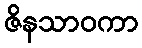
ဇိနသာဝကာ